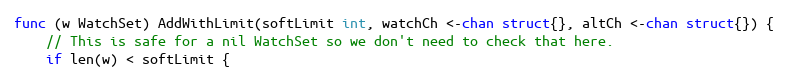
Language: Go
func (w WatchSet) AddWithLimit(softLimit int, watchCh <-chan struct{}, altCh <-chan struct{}) {
	// This is safe for a nil WatchSet so we don't need to check that here.
	if len(w) < softLimit {